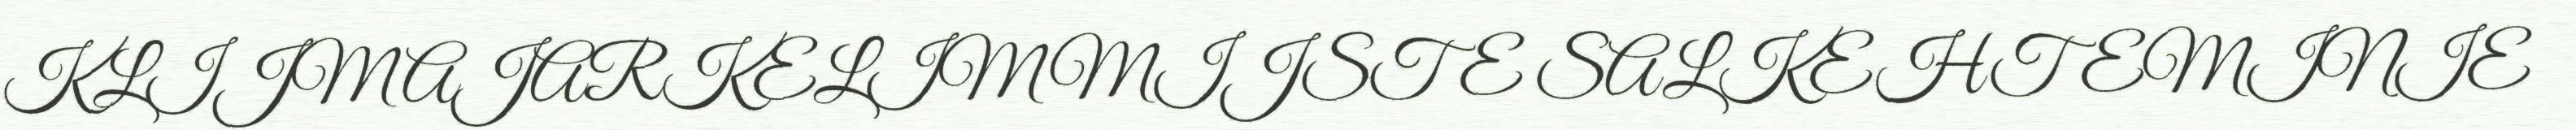
KLIJMAJARKELIMMIJSTE SALKEHTEMINIE